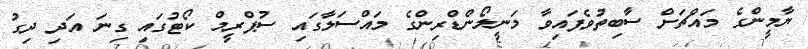
ޔާމީންގެ މައްޗަށް ސާބިތުވެފައިވާ މަނީލޯންޑްރިންގެ މައްސަލާގައި ސުޕްރީމް ކޯޓުގައި ގިނަ އަދި ދިގު